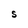
Character: S